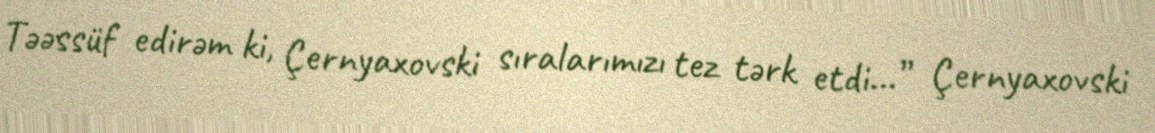
Təəssüf edirəm ki, Çernyaxovski sıralarımızı tez tərk etdi...” Çernyaxovski